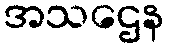
အသဌေန